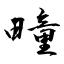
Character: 疃